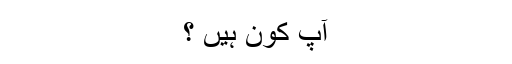
آپ کون ہیں ؟